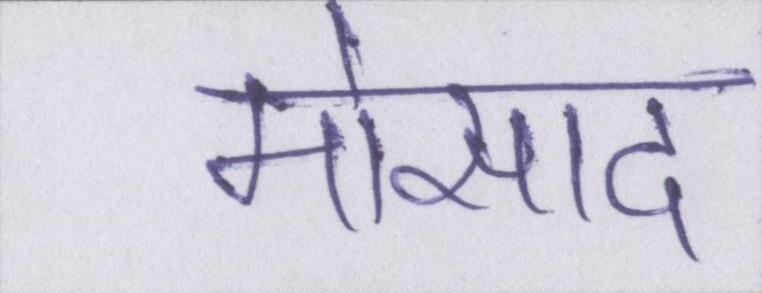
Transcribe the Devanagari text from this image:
मोसाद